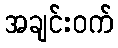
အချင်းဝက်